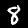
Digit: 8